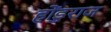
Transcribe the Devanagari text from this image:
होंडुराज